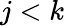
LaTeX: j<k